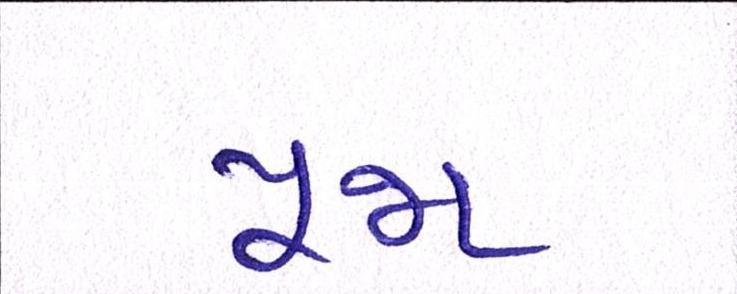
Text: પૂજા